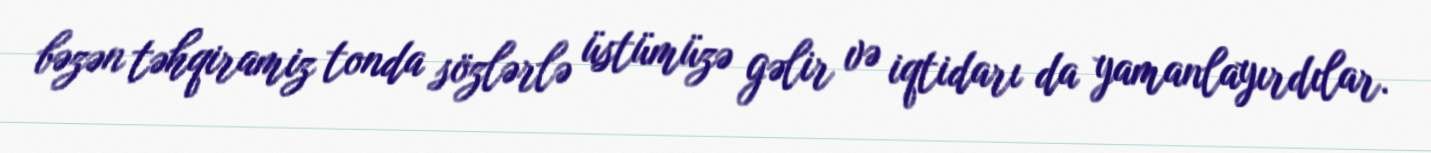
bəzən təhqiramiz tonda sözlərlə üstümüzə gəlir və iqtidarı da yamanlayırdılar.